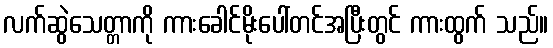
လက်ဆွဲသေတ္တာကို ကားခေါင်မိုးပေါ်တင်အပြီးတွင် ကားထွက် သည်။